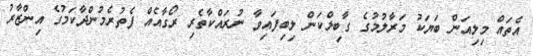
އެތައް މިލިއަން ބަޔަކު މަރާލުމުގެ ގާބިލްކަން ލިބިފައިވާ ނުރައްކާތެރި ރޯގާއެއް ފެތުރެމުންދާކަމުގެ އިންޒާރު